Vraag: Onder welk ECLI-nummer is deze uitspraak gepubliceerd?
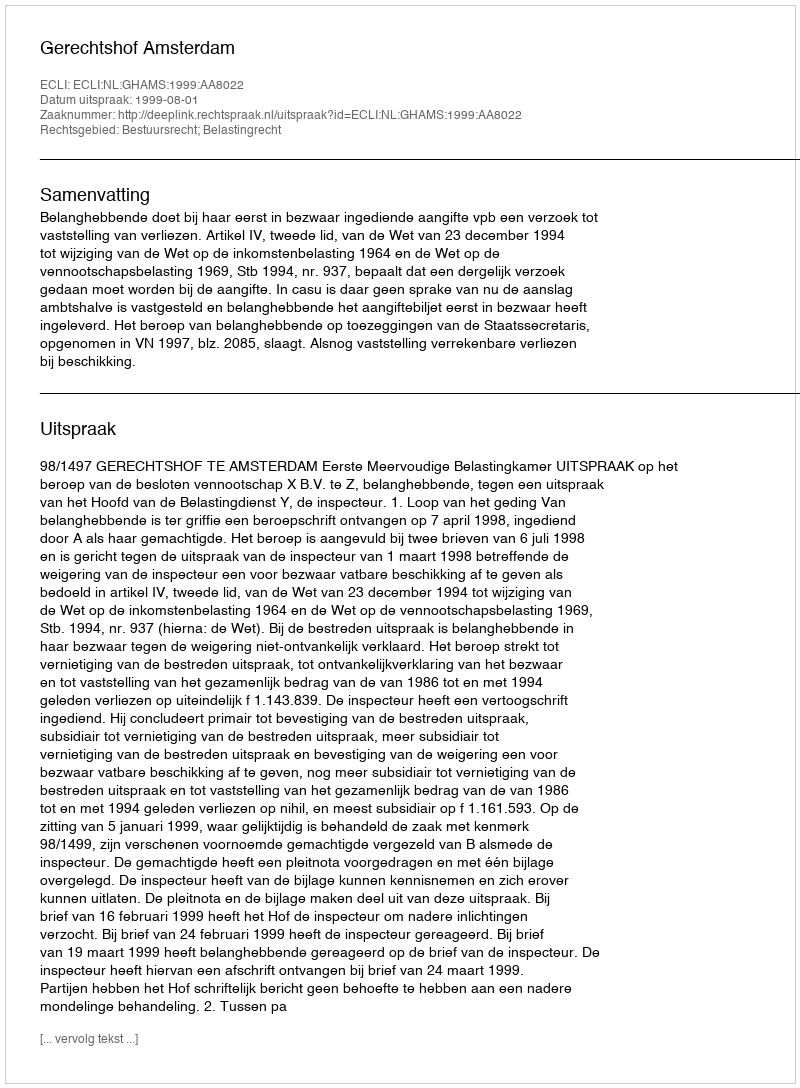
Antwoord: ECLI:NL:GHAMS:1999:AA8022